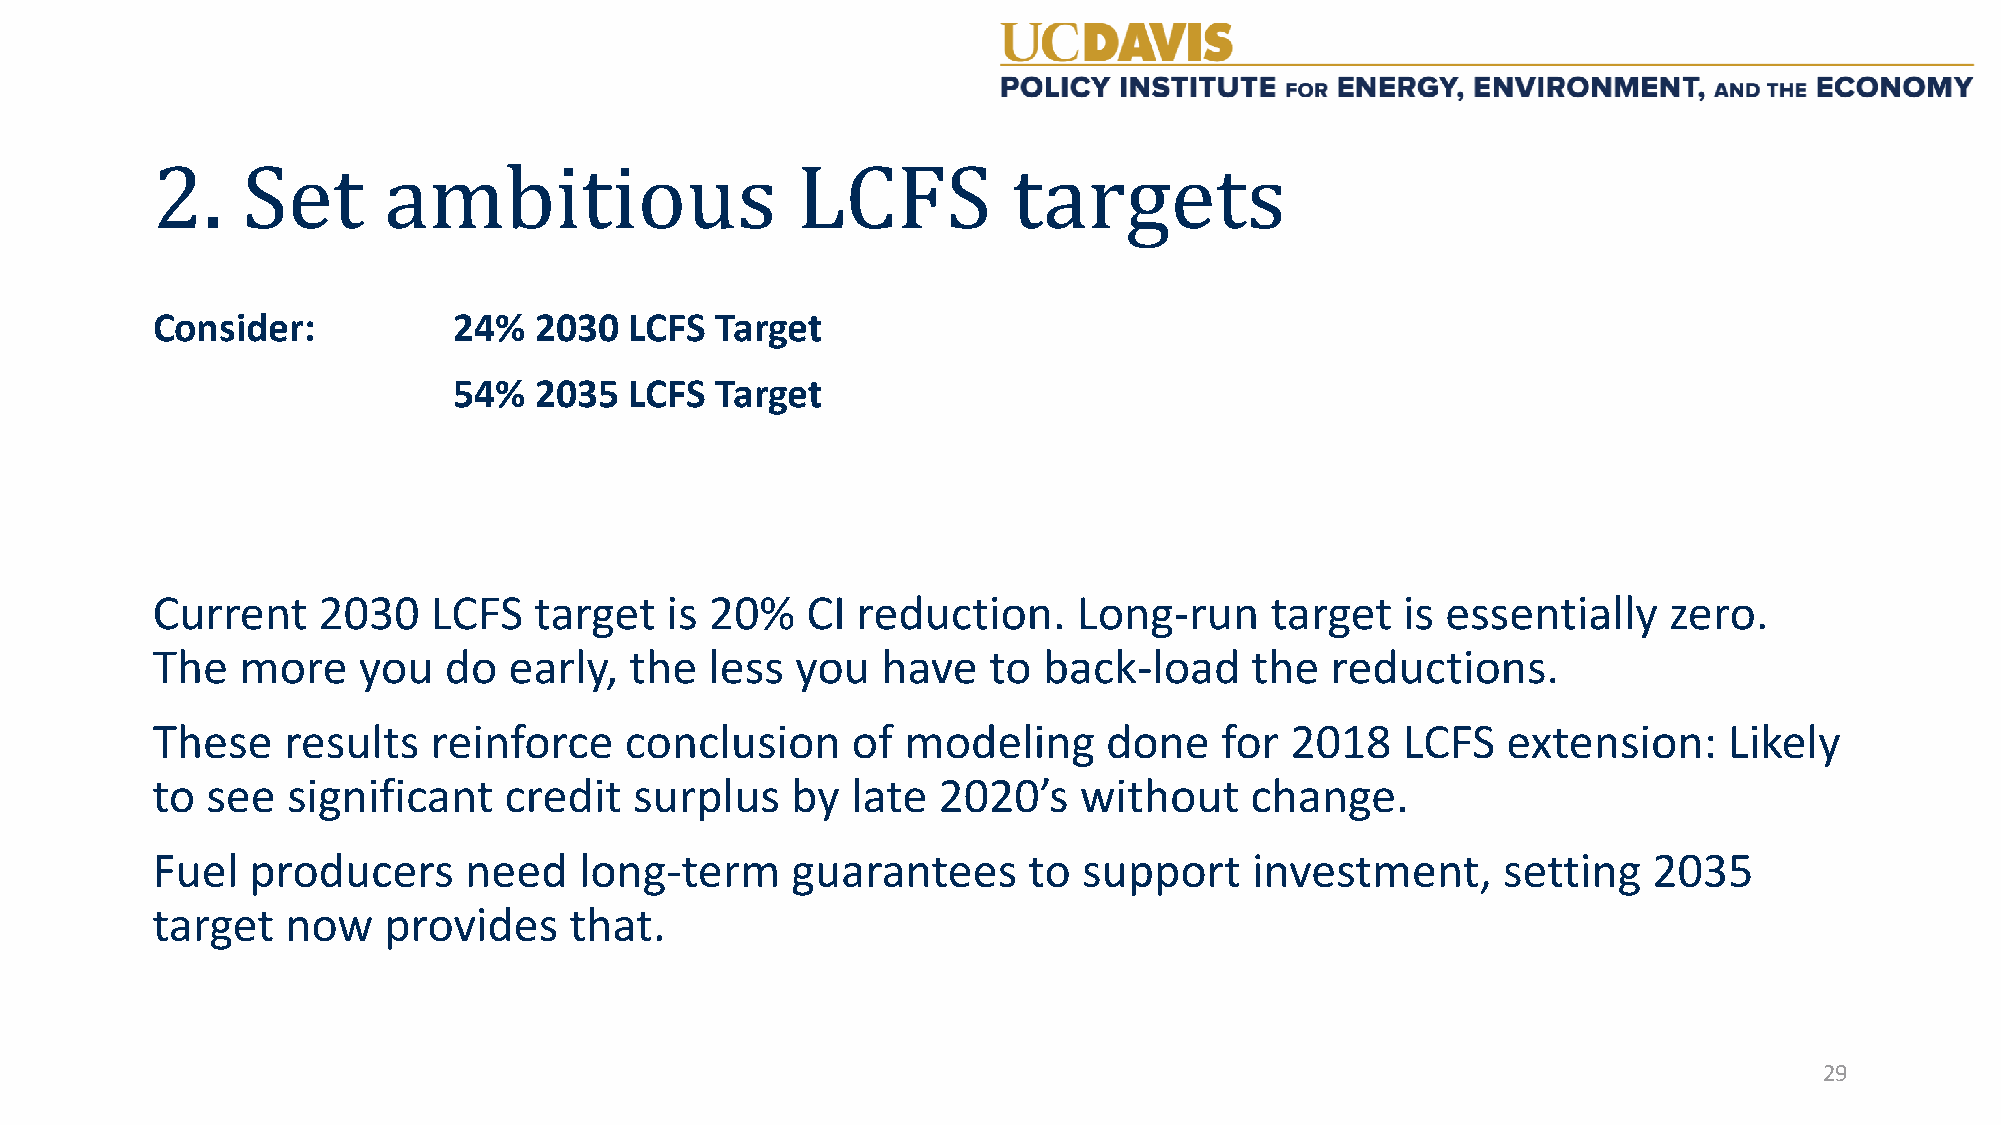
Consider:           24%  2030   LCFS Target
 2.    Set      ambitious                   LCFS          targets
 54%  2035   LCFS Target
 Current    2030    LCFS  target   is 20%   CI  reduction.    Long-run     target   is essentially   zero.
 The   more    you  do   early,  the  less  you  have   to  back-load     the  reductions.
 These    results   reinforce   conclusion     of  modeling     done    for 2018    LCFS   extension:    Likely
 to  see  significant   credit   surplus   by  late  2020’s   without     change.
 Fuel   producers     need   long-term     guarantees      to  support    investment,     setting   2035
 target   now   provides     that.
 29